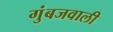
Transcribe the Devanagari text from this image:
गुंबजवाली